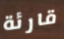
قارئة